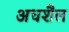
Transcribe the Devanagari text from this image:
अधशैल